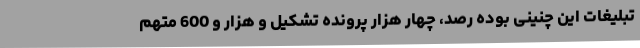
تبلیغات این چنینی بوده رصد، چهار هزار پرونده تشکیل و هزار و 600 متهم